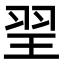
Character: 䍿